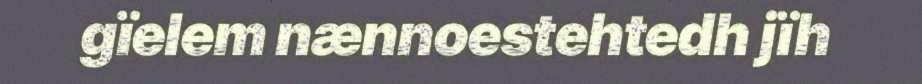
gïelem nænnoestehtedh jïh